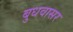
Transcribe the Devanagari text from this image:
बुधवासर